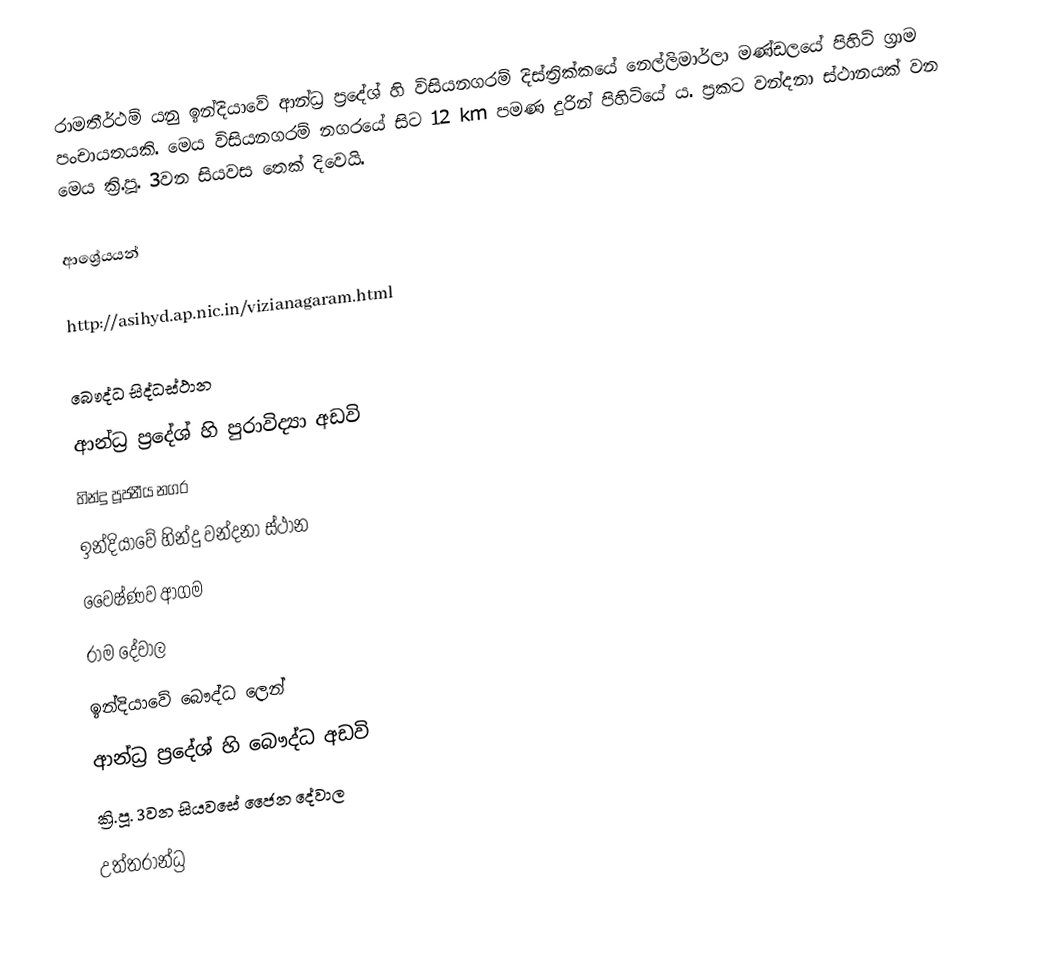
රාමතීර්ථම් ‍යනු ඉන්දියාවේ ආන්ධ්‍ර ප්‍රදේශ් හි විසියනගරම් දිස්ත්‍රික්කයේ නෙල්ලිමාර්ලා මණ්ඩලයේ පිහිටි ග්‍රාම පංචායතයකි. මෙය විසියනගරම් නගරයේ සිට 12 km පමණ දුරින් පිහිටියේ ය. ප්‍රකට වන්දනා ස්ථානයක් වන මෙය ක්‍රි.පූ. 3වන සියවස තෙක් දිවෙයි.

ආශ්‍රේයයන්

http://asihyd.ap.nic.in/vizianagaram.html

බෞද්ධ සිද්ධස්ථාන
ආන්ධ්‍ර ප්‍රදේශ් හි පුරාවිද්‍යා අඩවි
හින්දු පූජනීය නගර
ඉන්දියාවේ හින්දු වන්දනා ස්ථාන
වෛෂ්ණව ආගම
රාම දේවාල
ඉන්දියාවේ බෞද්ධ ලෙන්
ආන්ධ්‍ර ප්‍රදේශ් හි බෞද්ධ අඩවි
ක්‍රි.පූ. 3වන සියවසේ ජෛන දේවාල
උත්තරාන්ධ්‍ර